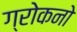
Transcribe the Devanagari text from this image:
ग्रोकनो